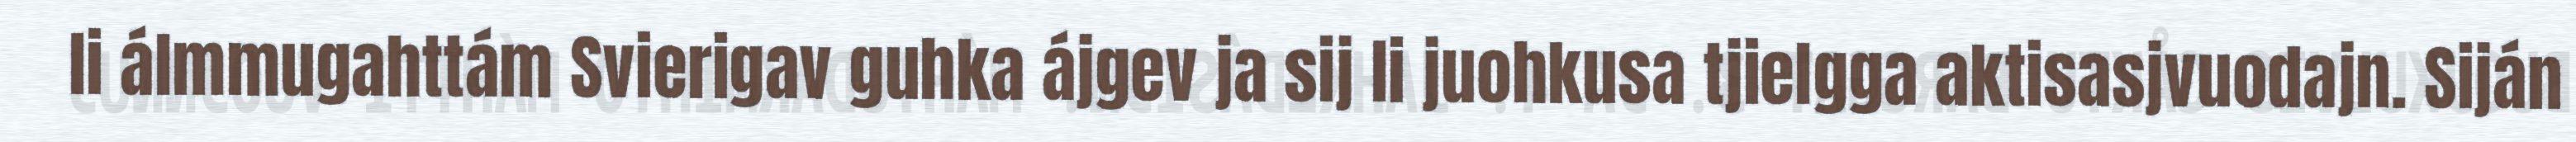
li álmmugahttám Svierigav guhka ájgev ja sij li juohkusa tjielgga aktisasjvuodajn. Siján